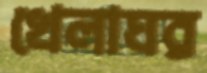
খেলাঘর